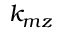
k _ { m z }